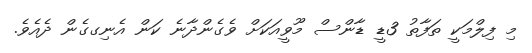
މި ފިލްމަކީ ތަފާތު 3ޑީ ޑާންސް މޫވީއަކަށް ވެގެންދާނެ ކަން އެނިގގެން ދެއެވެ.